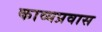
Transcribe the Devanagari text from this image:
काव्यप्रवास